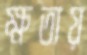
ক্ষতায়